Scottish Leaving Certificate Examination, 1959
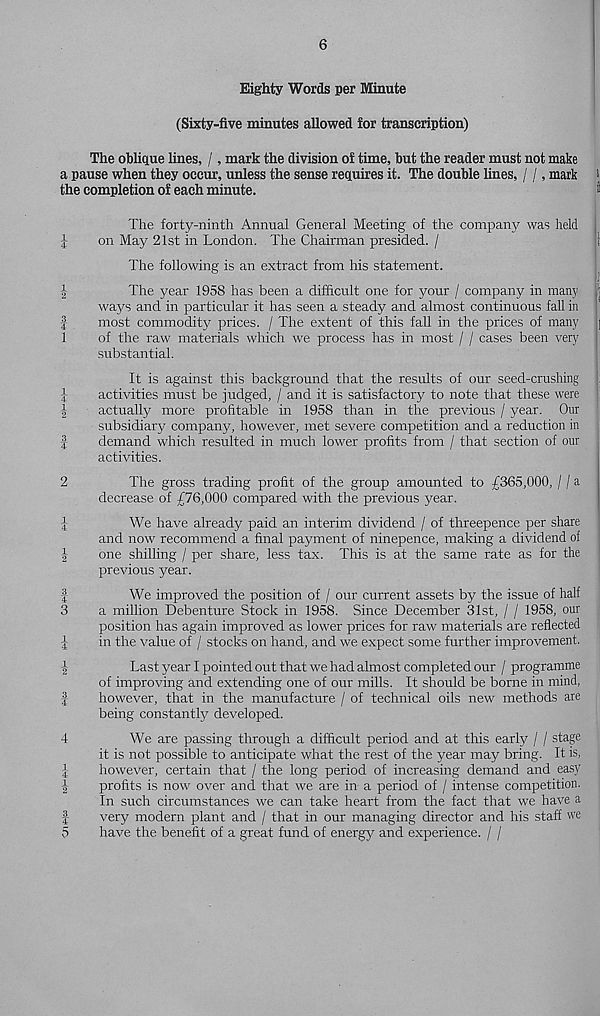
OirfHw cojMtMM 4^
(Hco
OO^Hco
^;>-<
bO
>Hw
i—‘►Hw
6
Eighty Words per Minute
(Sixty-five minutes allowed for transcription)
The oblique lines, /, mark the division of time, but the reader must not make
a pause when they occur, unless the sense requires it. The double fines, / /, mark
the completion of each minute.
The forty-ninth Annual General Meeting of the company was held
on May 21st in London. The Chairman presided. /
The following is an extract from his statement.
The year 1958 has been a difficult one for your / company in many
ways and in particular it has seen a steady and almost continuous fall in
most commodity prices. / The extent of this fall in the prices of many
of the raw materials which we process has in most / / cases been very
substantial.
It is against this background that the results of our seed-crushing
activities must be judged, / and it is satisfactory to note that these were
actually more profitable in 1958 than in the previous / year. Our
subsidiary company, however, met severe competition and a reduction in
demand which resulted in much lower profits from / that section of our
activities.
The gross trading profit of the group amounted to £365,000, / / a
decrease of £76,000 compared with the previous year.
We have already paid an interim dividend / of threepence per share
and now recommend a final payment of ninepence, making a dividend of
one shilling / per share, less tax. This is at the same rate as for the
previous year.
We improved the position of / our current assets by the issue of half
a million Debenture Stock in 1958. Since December 31st, / / 1958, our
position has again improved as lower prices for raw materials are reflected
in the value of / stocks on hand, and we expect some further improvement.
Last year I pointed out that we had almost completed our / programme
of improving and extending one of our mills. It should be borne in mind,
however, that in the manufacture / of technical oils new methods are
being constantly developed.
We are passing through a difficult period and at this early / / stage
it is not possible to anticipate what the rest of the year may bring. It is,
however, certain that / the long period of increasing demand and easy
profits is now over and that we are in a period of / intense competition.
In such circumstances we can take heart from the fact that we have a
very modern plant and / that in our managing director and his staff we
have the benefit of a great fund of energy and experience. / /